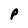
Character: P